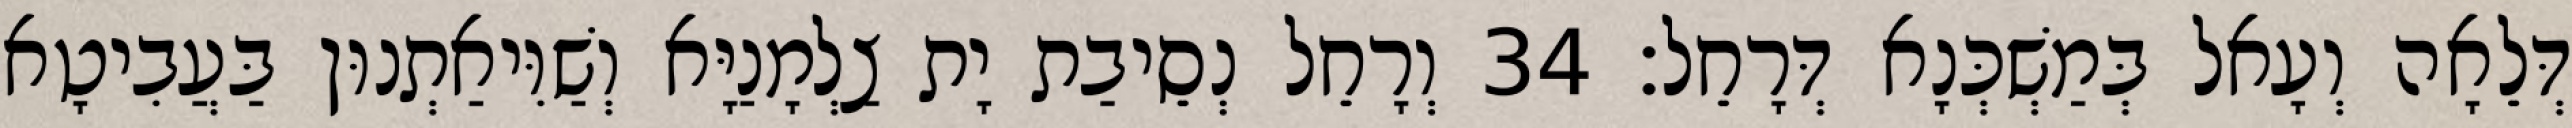
דְּלֵאָה וְעָאל בְּמַשְׁכְּנָא דְּרָחֵל׃ 34 וְרָחֵל נְסֵיבַת יָת צַלְמָנַיָּא וְשַׁוִּיאַתְנוּן בַּעֲבִיטָא